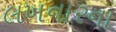
લખનારના